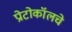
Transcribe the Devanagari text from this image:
प्रोटोकॉलचे